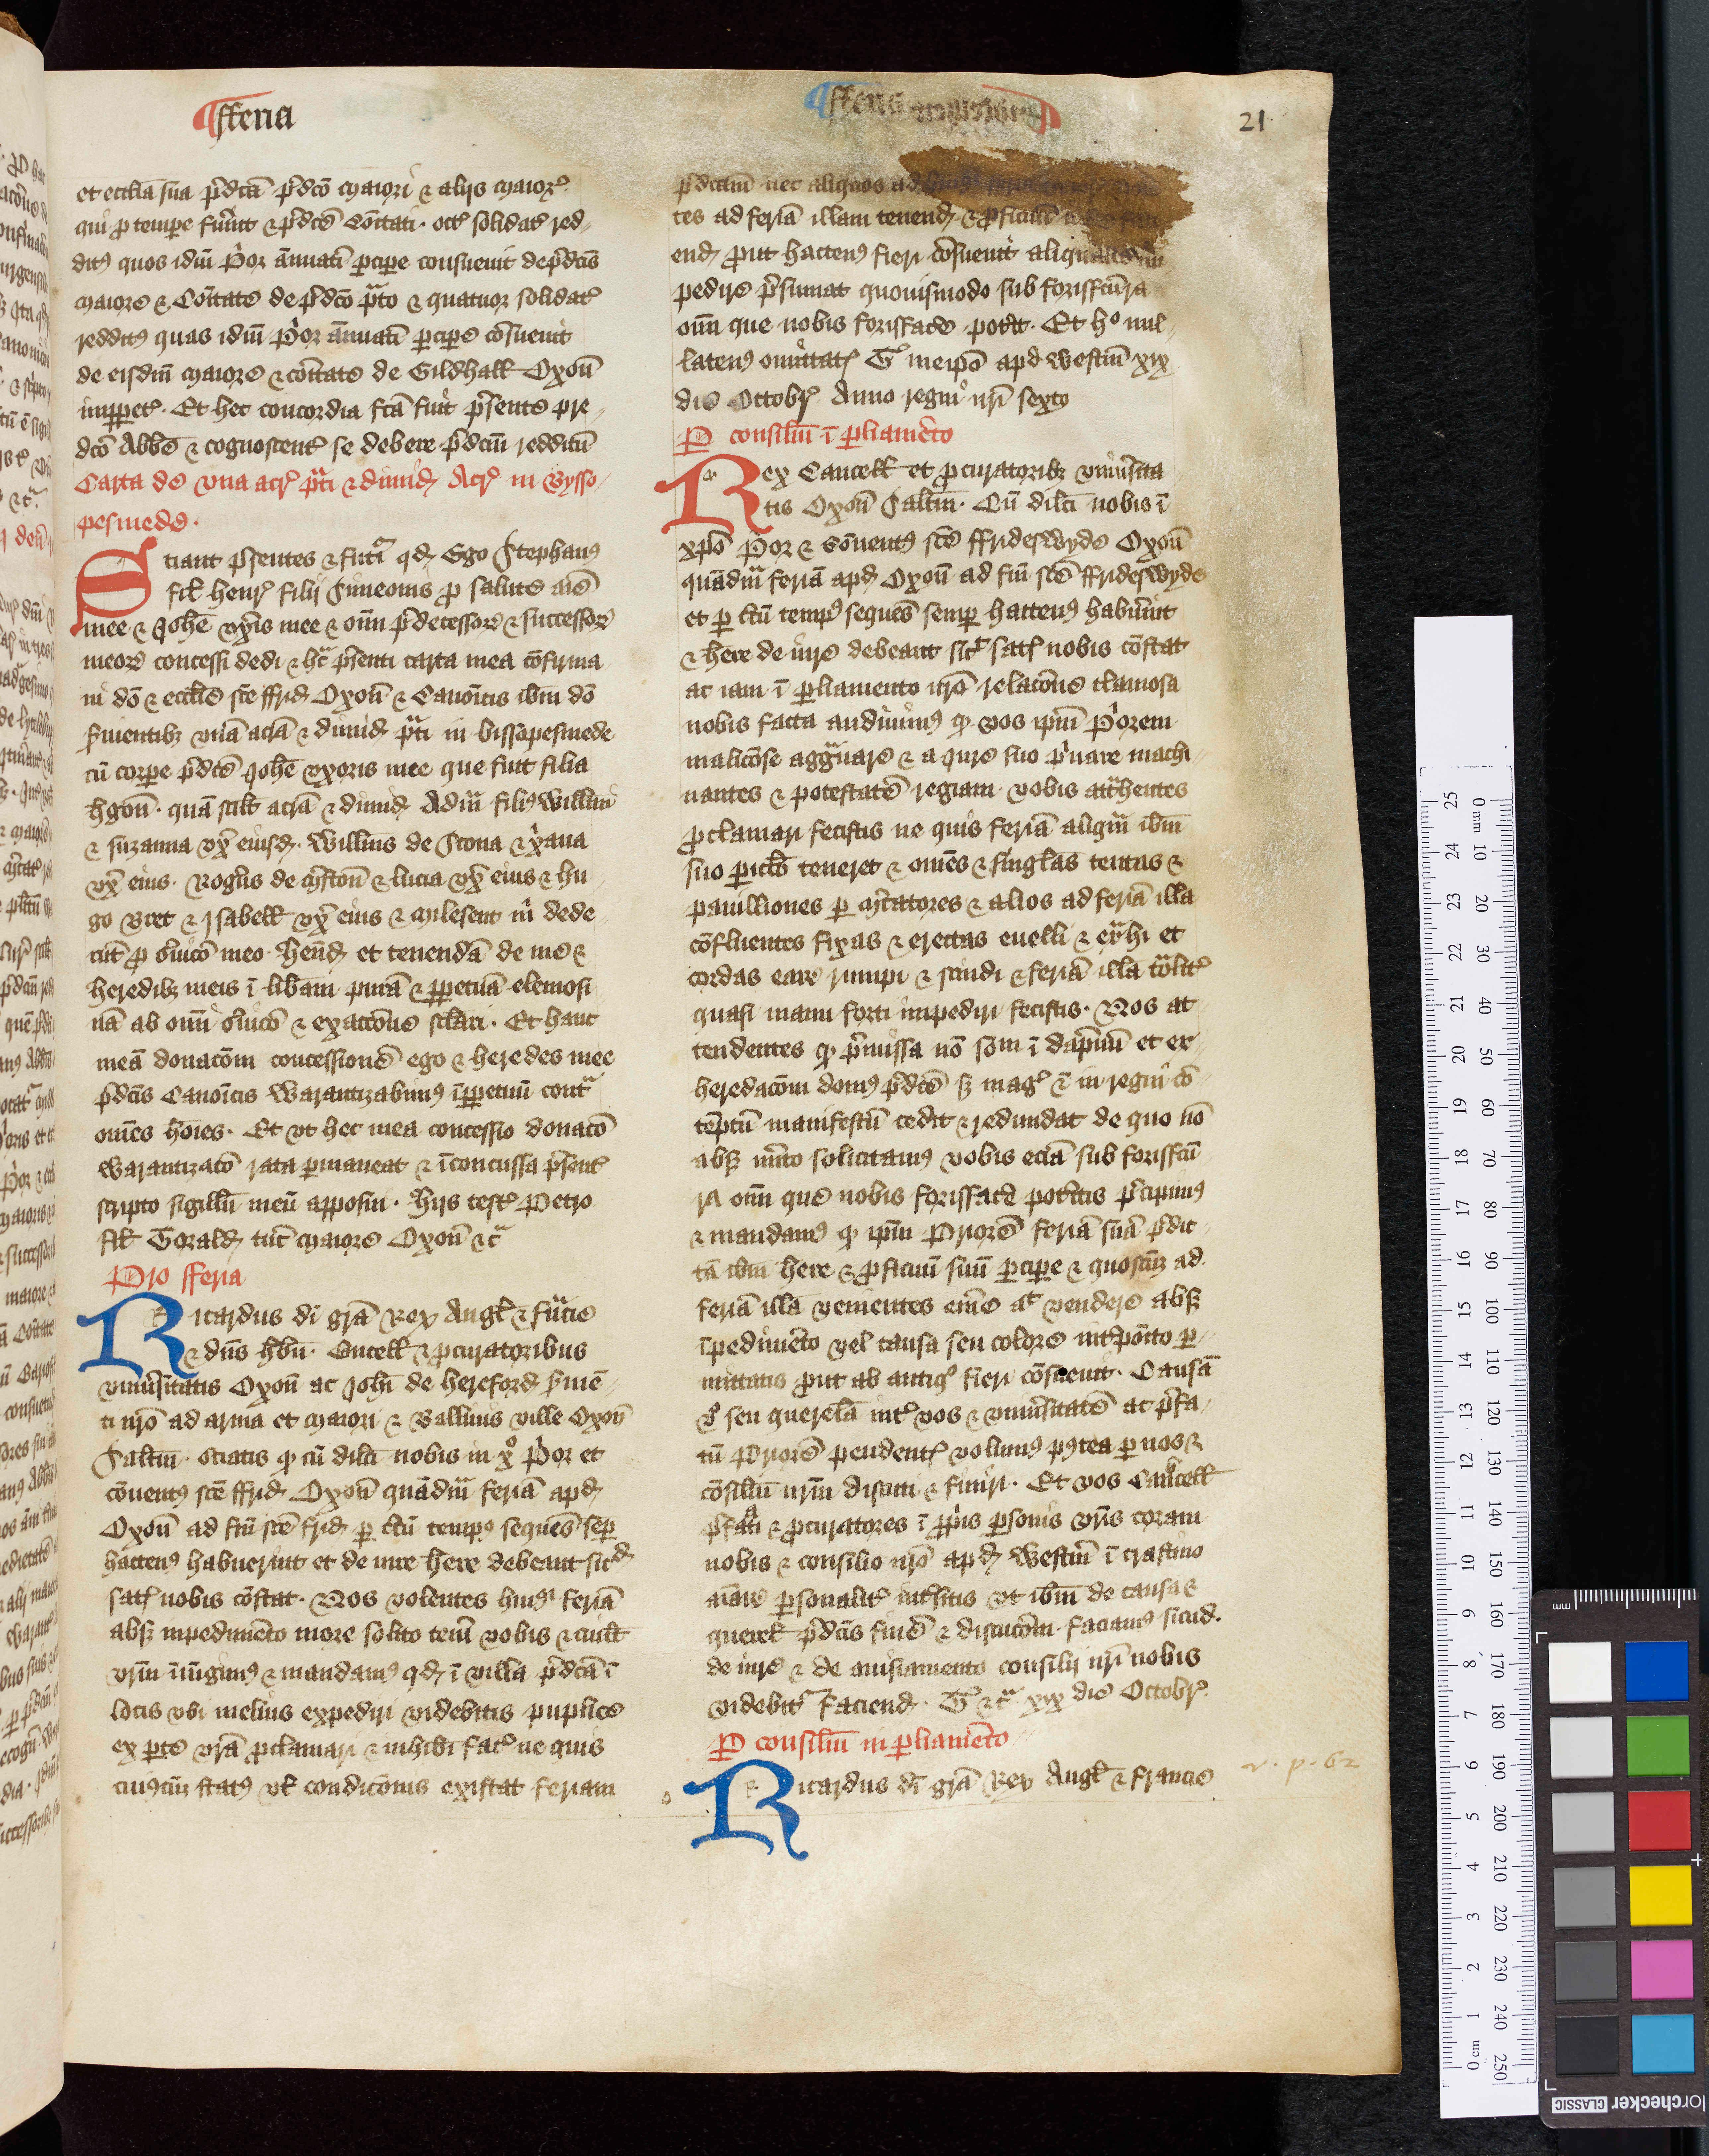
Shelfmark: Oxford, Christ Church Archives, D&C VI.1
Century: 14